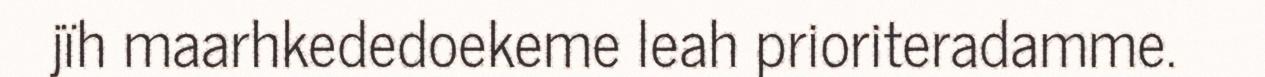
jïh maarhkededoekeme leah prioriteradamme.